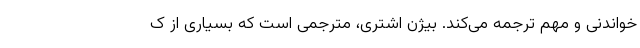
خواندنی و مهم ترجمه می‌کند. بیژن اشتری، مترجمی است که بسیاری از ک